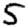
Digit: 5